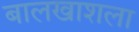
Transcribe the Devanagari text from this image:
बालखाशला